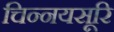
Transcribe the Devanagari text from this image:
चिन्नयसूरि